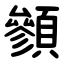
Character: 䫩